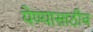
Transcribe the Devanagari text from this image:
येण्यासाठीच